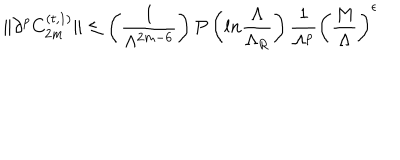
LaTeX: \| \partial ^ { p } C _ { 2 m } ^ { ( t , 1 ) } \| \leq \left( { \frac { 1 } { \Lambda ^ { 2 m - 6 } } } \right) P \left( l n { \frac { \Lambda } { \Lambda _ { R } } } \right) { \frac { 1 } { \Lambda ^ { p } } } \left( { \frac { M } { \Lambda } } \right) ^ { \epsilon }